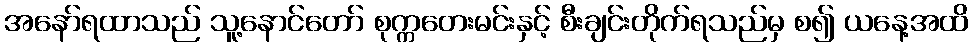
အနော်ရထာသည် သူ့နောင်တော် စုက္ကတေးမင်းနှင့် စီးချင်းတိုက်ရသည်မှ စ၍ ယနေ့အထိ